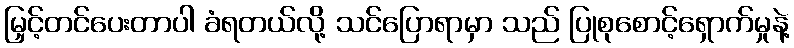
မြှင့်တင်ပေးတာပါ ခံရတယ်လို့ သင်ပြောရာမှာ သည် ပြုစုစောင့်ရှောက်မှုနဲ့